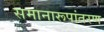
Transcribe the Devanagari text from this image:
समानारूपांतरण